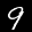
Label: 9